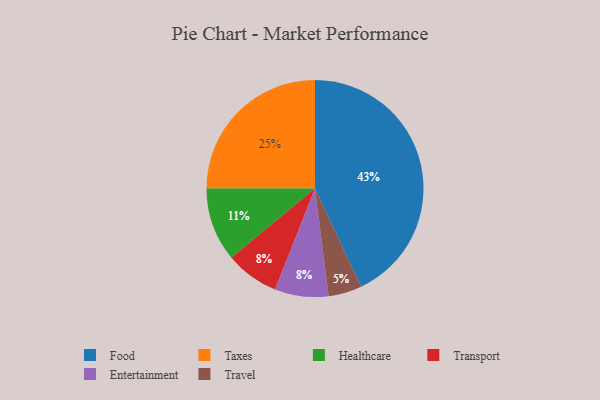
{"axis": {"x": "Category", "y": "Percentage"}, "legend": ["Entertainment", "Food", "Healthcare", "Taxes", "Transport", "Travel"], "data": [{"x": "Travel", "y": 5, "type": "Travel"}, {"x": "Taxes", "y": 25, "type": "Taxes"}, {"x": "Transport", "y": 8, "type": "Transport"}, {"x": "Food", "y": 43, "type": "Food"}, {"x": "Healthcare", "y": 11, "type": "Healthcare"}, {"x": "Entertainment", "y": 8, "type": "Entertainment"}]}